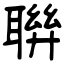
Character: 聨